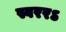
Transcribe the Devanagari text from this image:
स्वररऽ